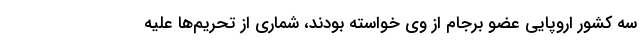
سه کشور اروپایی عضو برجام از وی خواسته بودند، شماری از تحریم‌ها علیه